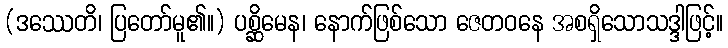
(ဒဿေတိ၊ ပြတော်မူ၏။) ပစ္ဆိမေန၊ နောက်ဖြစ်သော ဇေတဝနေ အစရှိသောသဒ္ဒါဖြင့်။